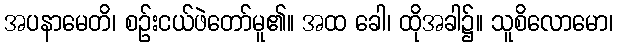
အပနာမေတိ၊ စဉ်းငယ်ဖဲတော်မူ၏။ အထ ခေါ၊ ထိုအခါ၌။ သူစိလောမော၊